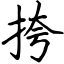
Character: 挎